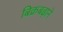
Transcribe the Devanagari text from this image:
बिक्रबढ़ाने